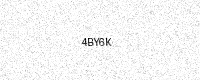
Text: 4BY6K